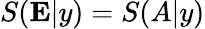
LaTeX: S(\mathbf{E}|y)=S(A|y)